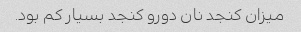
میزان کنجد نان دورو کنجد بسیار کم بود.